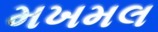
મખમલ